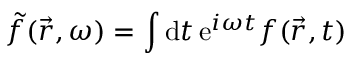
\Tilde { f } ( \vec { r } , \omega ) = \int \mathrm { d } t \, \mathrm { e } ^ { i \omega t } f ( \vec { r } , t )